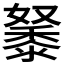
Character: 𪏷